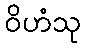
ဝိဟံသု